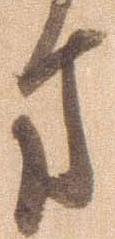
方